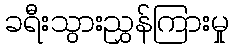
ခရီးသွားညွှန်ကြားမှု